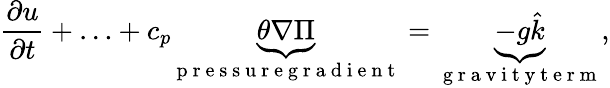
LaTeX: \frac{\partial u}{\partial t}+\ldots+c_{p}\underbrace{\theta\nabla\Pi}_{\mathrm{~p~r~e~s~s~u~r~e~g~r~a~d~i~e~n~t~}}=\underbrace{-g\hat{k}}_{\mathrm{~g~r~a~v~i~t~y~t~e~r~m~}},